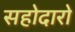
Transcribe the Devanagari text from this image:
सहोदारो